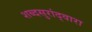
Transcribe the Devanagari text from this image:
शब्दसुरांद्वारा